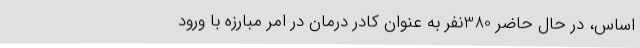
اساس، در حال حاضر 380نفر به عنوان کادر درمان در امر مبارزه با ورود